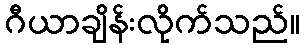
ဂီယာချိန်းလိုက်သည်။